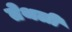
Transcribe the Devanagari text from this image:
तेथली